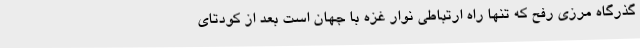
گذرگاه مرزی رفح که تنها راه ارتباطی نوار غزه با جهان است بعد از کودتای